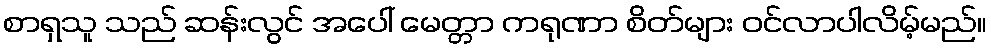
စာရှသူ သည် ဆန်းလွင် အပေါ် မေတ္တာ ကရုဏာ စိတ်များ ဝင်လာပါလိမ့်မည်။